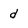
Character: d